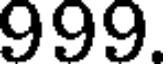
999.